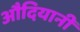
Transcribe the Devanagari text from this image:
औदियानी